Civil Veterinary Dept. Assam report 1927-50 - 1927-1950
Year: 1927
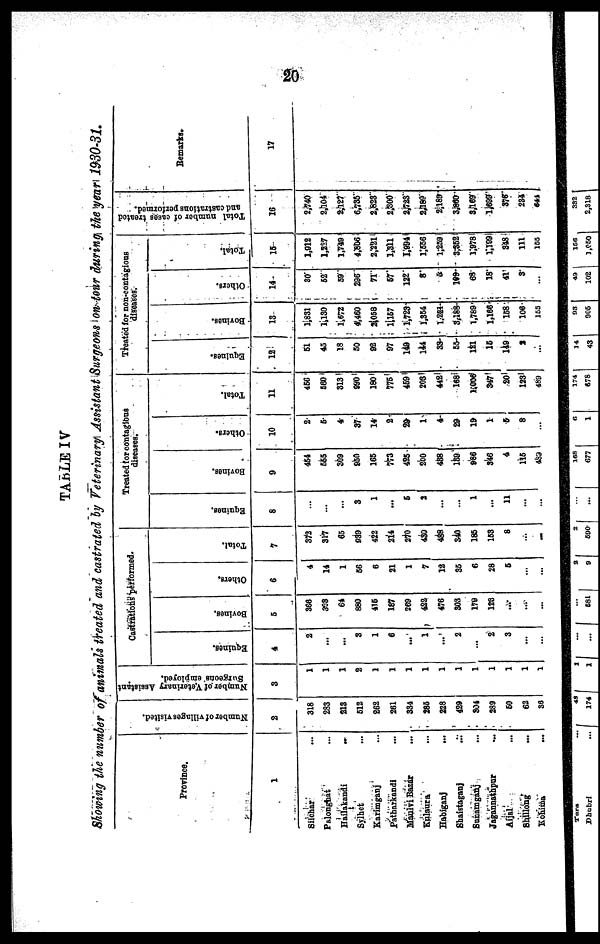
20
TABLE IV
Showing the number of animals treated and castrated by Veterinary Assistant Surgeons on tour during the year 1930-31.
Province.
1
Silchar ...
Palonghat ...
Hailakandi
..
Sylhet ...
Karimganj ...
Patharkandi ...
Maulvi Bazar ...
Kulaura ...
Habiganj ...
Shaistaganj ...
Sunamganj ...
Jagannathpur ...
Aijal ...
Shillong ...
Kohima ...
Number of villages visited.
2
318
283
213
512
862
261
334
285
228
429
304
289
60
62
85
Number of Veterinary Assistant
Surgeons employed.
3
1
1
1
2
1
1
1
1
1
1
1
1
1
1
1
astrations performed.
Equines.
4
2
...
...
3
1
6
...
1
...
2
...
2
3
...
...
Bovines.
6
366
308
64
880
416
187
209
422
476
303
1T9
126
...
...
...
Others.
6
4
14
1
66
6
21
1
7
12
35
6
28
6
...
...
Total.
7
372
317
65
939
422
214
270
430
488
340
185
163
8
...
...
Treated for contagions
diseases.
Equines.
8
...
...
...
3
1
...
5
2
...
...
1
...
11
...
...
Bovines.
9
464
555
309
950
165
773
425
200
488
189
986
346
4
115
489
Others.
10
2
6
4
37
14
2
29
1
4
29
10
1
5
8
...
Total.
11
466
560
313
890
180
775
469
203
442
168
1,008
347
20
123
489
Treated for non-contagions
diseases.
Equines.
12
51
45
18
60
92
97
149
144
33
55
121
15
149
2
...
Bovines.
13
1,831
1,130
1,672
4,460
2,058
1,157
1,723
1,354
1,284
3,188
1,789
1,166
158
106
155
Others.
14
80
62
59
296
71
67
122
8
5
199
68
18
41
3
...
Total.
15
1,912
1,227
1,749
4,806
2,221
1,311
1,994
1,656
1,259
3,352
1,978
1,199
348
111
165
Total number of cases treated
and castrations performed.
16
2,740
2,104
8,127
6,735
2,823
2,500
2,723
2,189
2,189
3,860
3,169
1,699
375
234
641
Remarks.
17